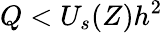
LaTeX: Q<U_{s}(Z)h^{2}